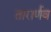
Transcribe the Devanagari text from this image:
तारार्णव